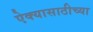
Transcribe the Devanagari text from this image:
ऐक्यासाठीच्या